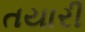
તયારી